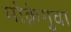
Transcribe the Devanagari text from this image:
मोक़ेगुवा